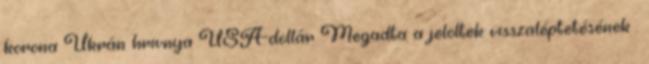
korona Ukrán hrivnya USA-dollár Megadta a jelöltek visszaléptetésének .